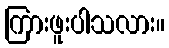
ကြားဖူးပါသလား။